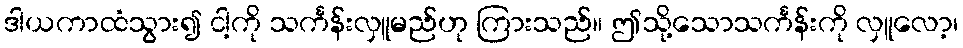
ဒါယကာထံသွား၍ ငါ့ကို သင်္ကန်းလှူမည်ဟု ကြားသည်။ ဤသို့သောသင်္ကန်းကို လှူလော့၊